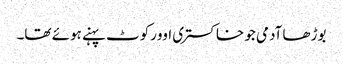
بوڑھا آدمی جو خاکستری اوورکوٹ پہنے ہوئے تھا۔